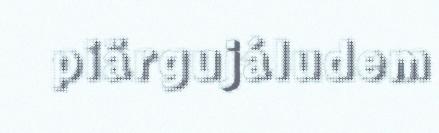
piärgujáludem